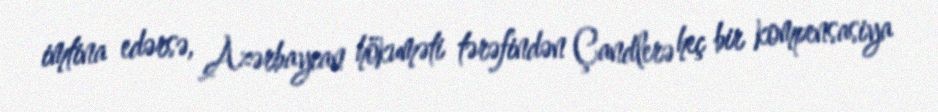
imtina edərsə, Azərbaycan hökuməti tərəfindən Çandlerə heç bir kompensasiya